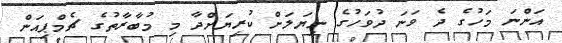
އަންނަ މަހުގެ ދެ ވަނަ ދުވަހުގެ ނިޔަލަށް ކުރިޔަށްދާ މި މުބާރާތުގެ ޗެމްޕިއަން